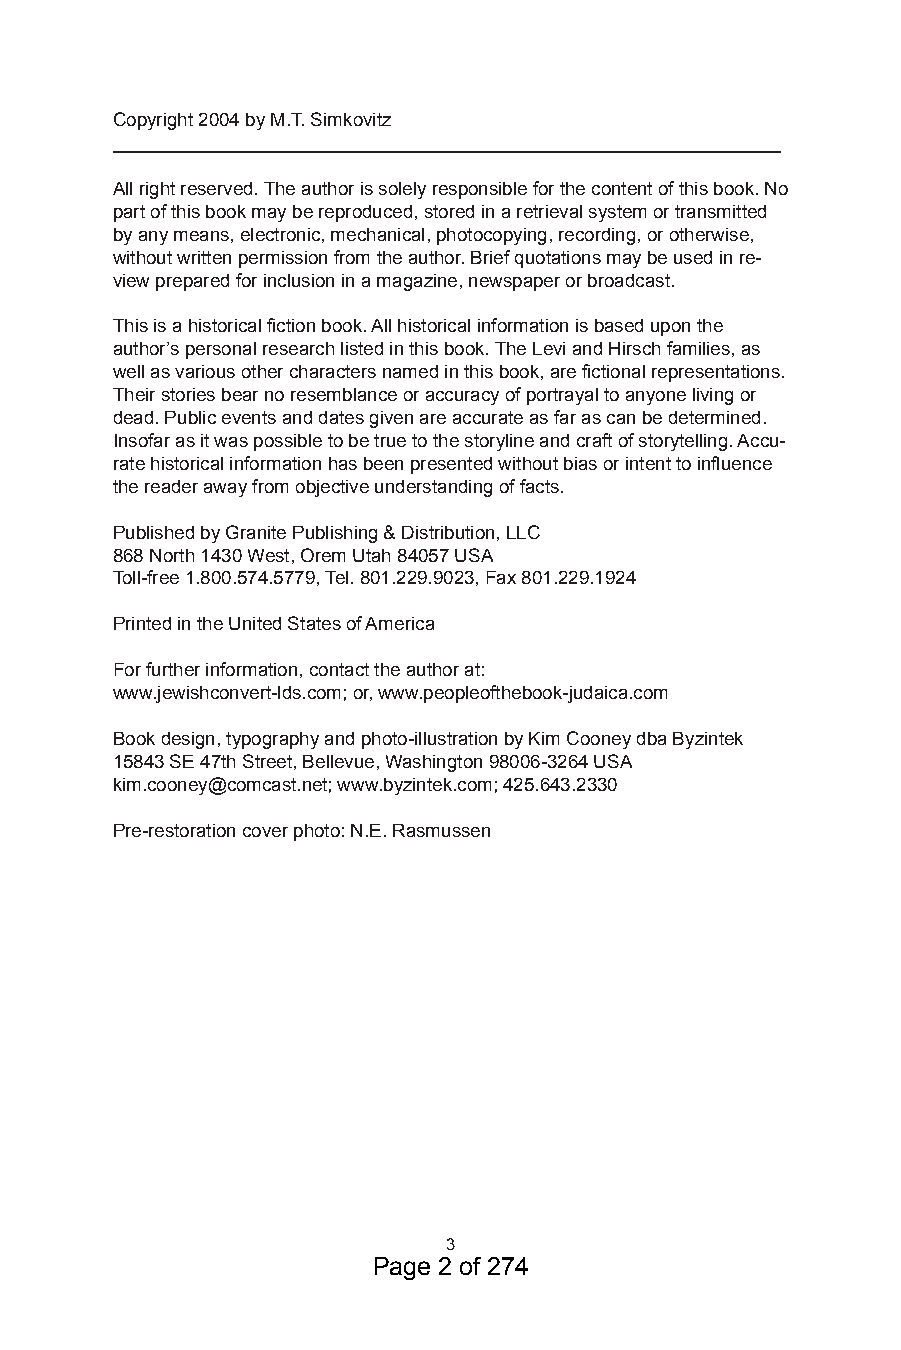
Copyright 004 by M.T. Simkovitz
 ________________________________________________________________
 All right reserved. The author is solely responsible for the content of this book. No
 part of this book may be reproduced, stored in a retrieval system or transmitted
 by any means, electronic, mechanical, photocopying, recording, or otherwise,
 without written permission from the author. Brief quotations may be used in re-
 view prepared for inclusion in a magazine, newspaper or broadcast.
 This is a historical fiction book. All historical information is based upon the
 author’s personal research listed in this book. The Levi and Hirsch families, as
 well as various other characters named in this book, are fictional representations.
 Their stories bear no resemblance or accuracy of portrayal to anyone living or
 dead. Public events and dates given are accurate as far as can be determined.
 Insofar as it was possible to be true to the storyline and craft of storytelling. Accu-
 rate historical information has been presented without bias or intent to influence
 the reader away from objective understanding of facts.
 Published by Granite Publishing & Distribution, LLC
 868 North 40 West, Orem Utah 84057 USA
 Toll-free .800.574.5779, Tel. 80.9.90, Fax 80.9.94
 Printed in the United States of America
 For further information, contact the author at:
 www.jewishconvert-lds.com; or, www.peopleofthebook-judaica.com
 Book design, typography and photo-illustration by Kim Cooney dba Byzintek
 584 SE 47th Street, Bellevue, Washington 98006-64 USA
 kim.cooney@comcast.net; www.byzintek.com; 45.64.0
 Pre-restoration cover photo: N.E. Rasmussen
 
 Page 2 of 274